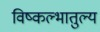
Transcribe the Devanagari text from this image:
विष्कल्भातुल्य